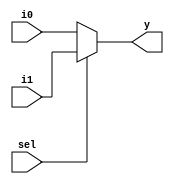
module mux_2_to_1 (i0, i1, sel, y);
	input [3:0] i0, i1;
	input sel;
	output [3:0] y;
	assign y = sel ? i1 : i0;
endmodule